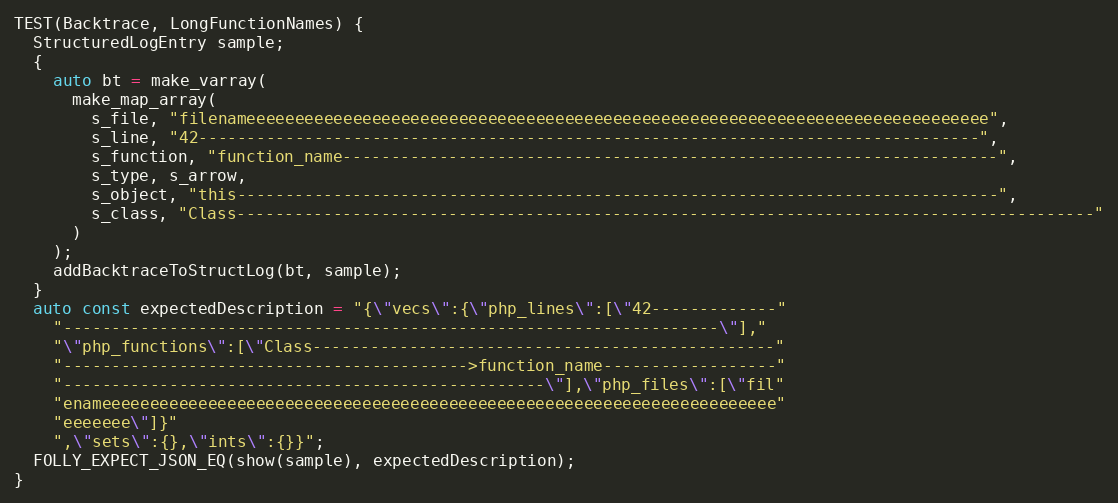
Language: C++
TEST(Backtrace, LongFunctionNames) {
  StructuredLogEntry sample;
  {
    auto bt = make_varray(
      make_map_array(
        s_file, "filenameeeeeeeeeeeeeeeeeeeeeeeeeeeeeeeeeeeeeeeeeeeeeeeeeeeeeeeeeeeeeeeeeeeeeeeeeeeee",
        s_line, "42---------------------------------------------------------------------------------",
        s_function, "function_name--------------------------------------------------------------------",
        s_type, s_arrow,
        s_object, "this-------------------------------------------------------------------------------",
        s_class, "Class-----------------------------------------------------------------------------------------"
      )
    );
    addBacktraceToStructLog(bt, sample);
  }
  auto const expectedDescription = "{\"vecs\":{\"php_lines\":[\"42-------------"
    "--------------------------------------------------------------------\"],"
    "\"php_functions\":[\"Class------------------------------------------------"
    "------------------------------------------>function_name------------------"
    "--------------------------------------------------\"],\"php_files\":[\"fil"
    "enameeeeeeeeeeeeeeeeeeeeeeeeeeeeeeeeeeeeeeeeeeeeeeeeeeeeeeeeeeeeeeeeeeeeee"
    "eeeeeee\"]}"
    ",\"sets\":{},\"ints\":{}}";
  FOLLY_EXPECT_JSON_EQ(show(sample), expectedDescription);
}